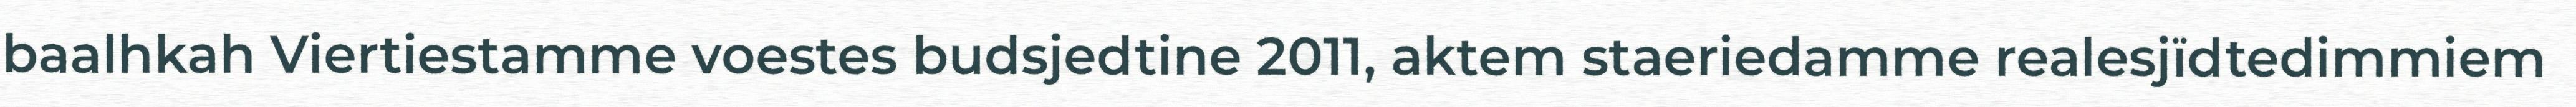
baalhkah Viertiestamme voestes budsjedtine 2011, aktem staeriedamme realesjïdtedimmiem